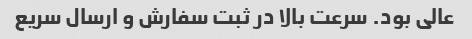
عالی بود. سرعت بالا در ثبت سفارش و ارسال سریع